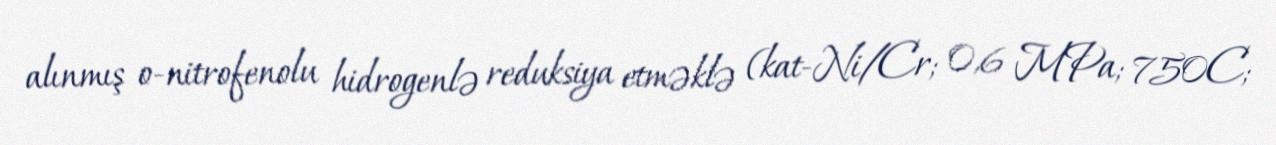
alınmış o-nitrofenolu hidrogenlə reduksiya etməklə (kat-Ni/Cr; 0,6 MPa; 750C;